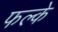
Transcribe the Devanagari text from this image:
फल्के